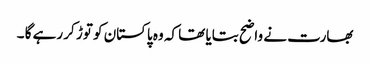
بھارت نے واضح بتایا تھا کہ وہ پاکستان کو توڑ کر رہے گا ۔